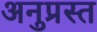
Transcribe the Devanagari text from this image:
अनुप्रस्त